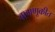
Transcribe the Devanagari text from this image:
वागणूकीत